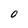
Character: 0